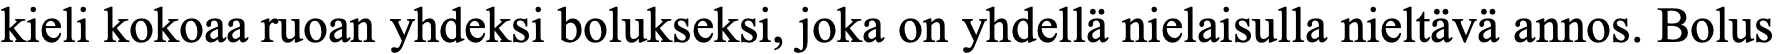
kieli kokoaa ruoan yhdeksi bolukseksi, joka on yhdellä nielaisulla nieltävä annos. Bolus